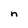
Character: n